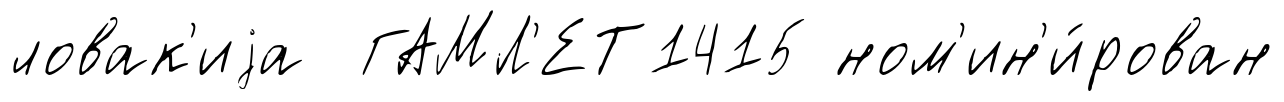
ловак'иjа ГАМЛ'ЕТ1415 ном'ин'и́рован